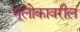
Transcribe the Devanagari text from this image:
भूलोकावरील